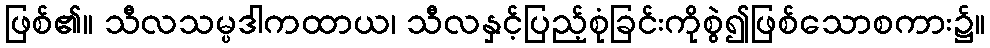
ဖြစ်၏။ သီလသမ္ပဒါကထာယ၊ သီလနှင့်ပြည့်စုံခြင်းကိုစွဲ၍ဖြစ်သောစကား၌။